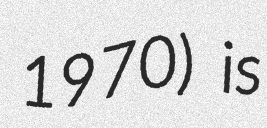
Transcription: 1970) is